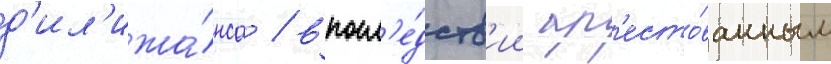
д'ил'ижа́нса / впосл'е́дств'ии ар'есто́ванным